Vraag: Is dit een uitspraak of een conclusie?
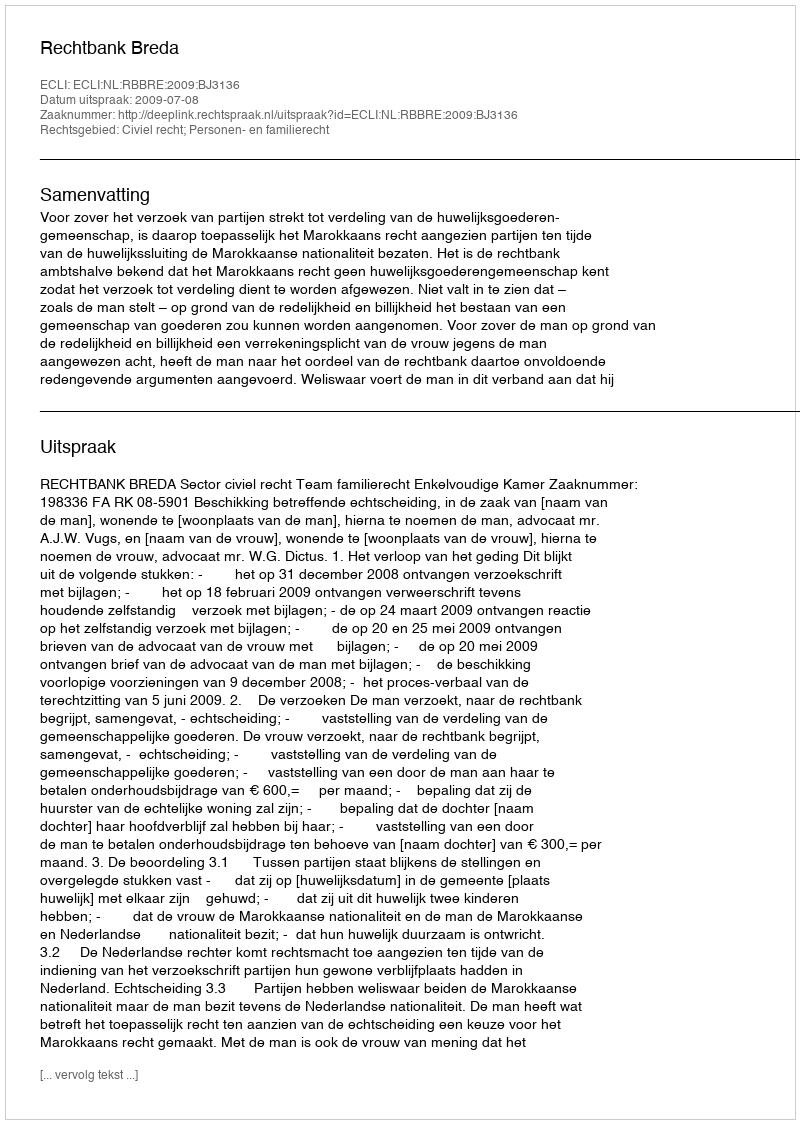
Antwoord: Uitspraak